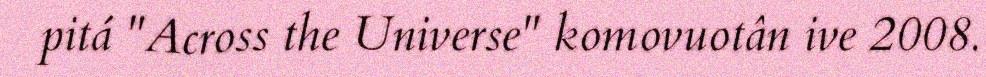
pitá "Across the Universe" komovuotân ive 2008.